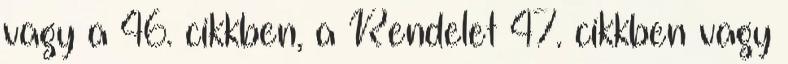
vagy a 46. cikkben, a Rendelet 47. cikkben vagy